Document type: Grant
Year: 1403
Scribe: Berenguer Pedrosell
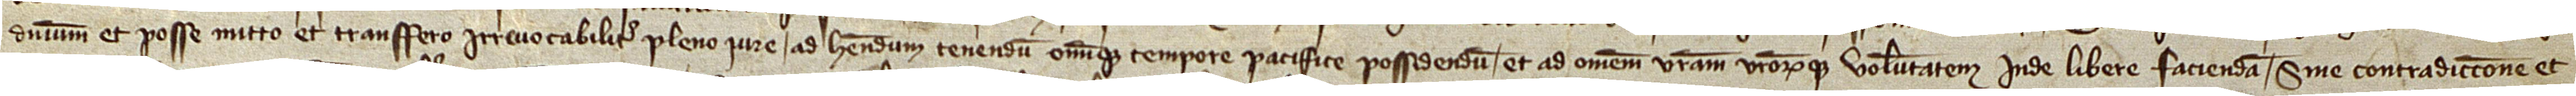
dominium et posse mitto et transfero irrevocabiliter plero iure, ad habendum, tenendum omnique tempore pacifice possidendum, et ad omnem vestram vestrorumque voluntatem inde libere faciendam, sine contradiccione et